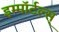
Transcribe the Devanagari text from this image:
इम्मॉर्टल्स्